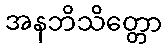
အနဘိသိတ္တော